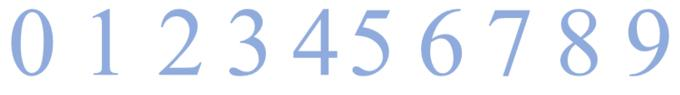
0123456789